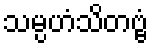
သမ္ပဟံသိတဗ္ဗံ